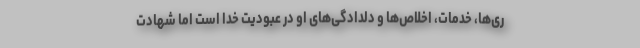
ری‌ها، خدمات، اخلاص‌ها و دلدادگی‌های او در عبودیت خدا است اما شهادت